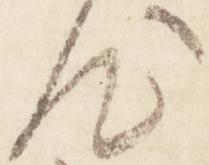
汰